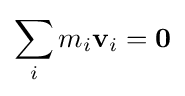
\sum _{i}m_{i}\mathbf {v} _{i}=\mathbf {0}